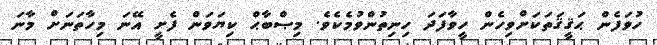
ހުވަފެން ޙަޤީޤަތަކަށްވިހެން ހީވާފަދަ ހިނިތުންވުމެކެވެ. މިޞްބާޙް ކިޔަވަން ފެށީ އޭނަ މިހާތަނަށް މާނަ